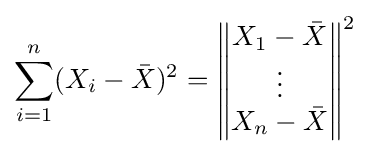
\sum _{i=1}^{n}(X_{i}-{\bar {X}})^{2}={\begin{Vmatrix}X_{1}-{\bar {X}}\\\vdots \\X_{n}-{\bar {X}}\end{Vmatrix}}^{2}